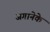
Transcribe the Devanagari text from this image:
जगानेके